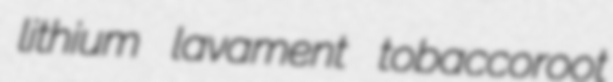
lithium lavament tobaccoroot